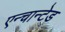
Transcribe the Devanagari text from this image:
एन्चान्टेड